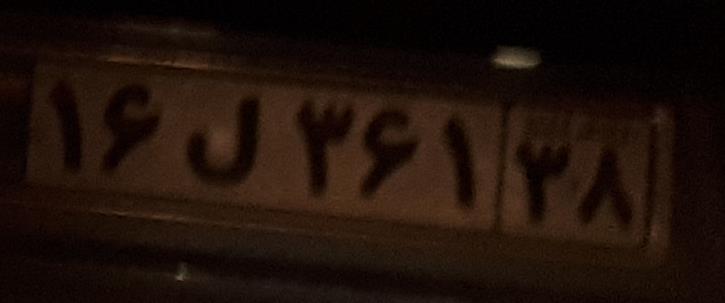
۱۶ل۳۶۱۳۸